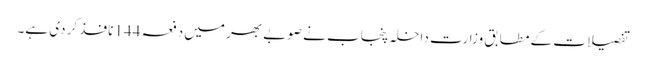
تفصیلات کے مطابق وزارت داخلہ پنجاب نے صوبے بھر میں دفعہ 144 نافذ کر دی ہے۔